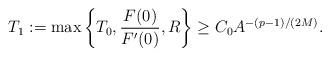
LaTeX: \begin{align*}T_1:=\max\left\{T_0,\frac{F(0)}{F'(0)},R\right\}\ge C_0 A^{-(p-1)/(2M)}.\end{align*}